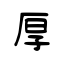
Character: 厚